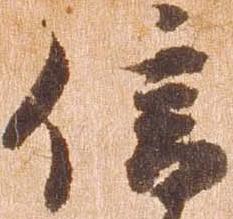
信